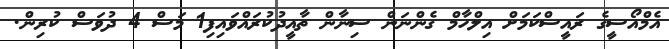
އެމްއޯސީގެ ރައީސްކަމަށް އިލްހާމް ގެންނަން ސިނާން ތާއީދުކުރައްވައިފި1 މަސް 4 ދުވަސް ކުރިން.